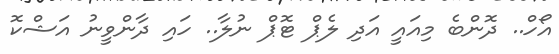
އޯހް.. ދޮންބެ މިއައީ އަދި ލެޕް ޓޮޕް ނުލާ.. ހައި ދާންވީނު އަޝްކޮ